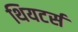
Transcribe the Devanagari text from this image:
थियटर्स